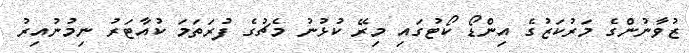
ޒުވާނުންގެ މަރުކަޒުގެ އިންޑޯ ކޯޓުގައި މިރޭ ކުޅުނު މެޗުގެ ފުރަތަމަ ކުއާޓަރު ނިމުނުއިރު